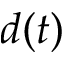
d ( t )